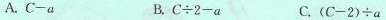
A.C-a B.C÷2-a C.(C-2)÷a